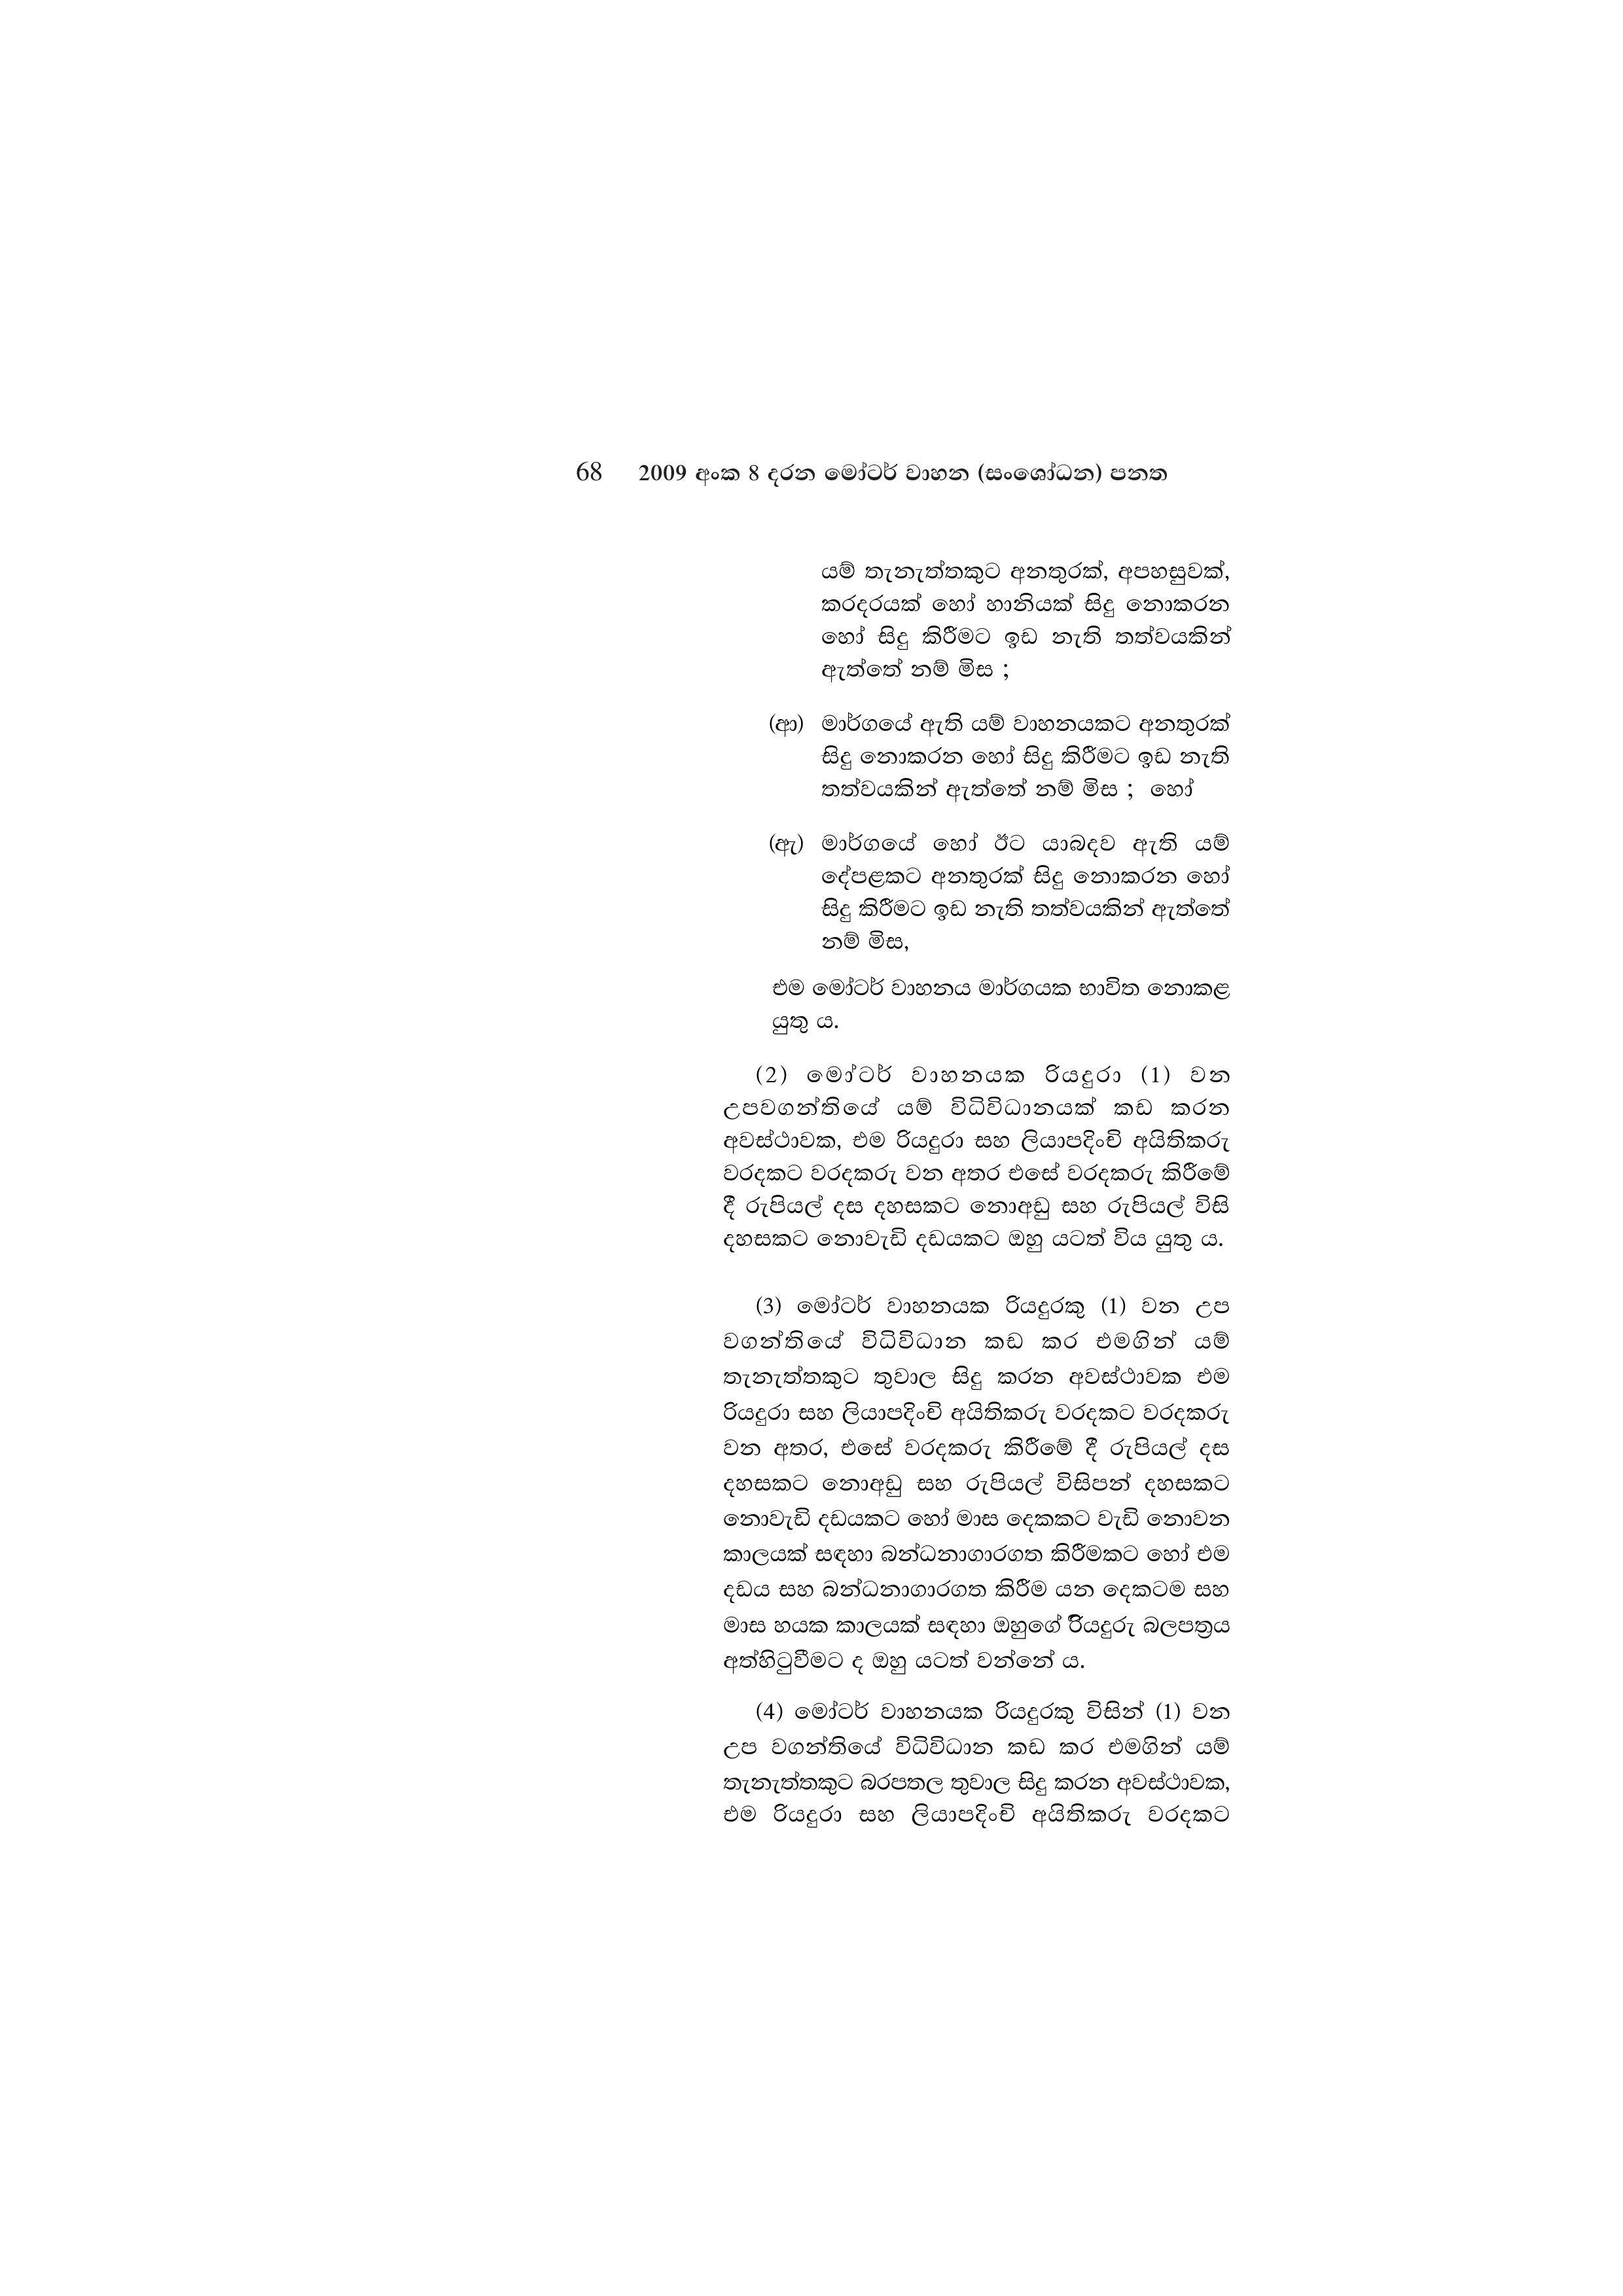
68 2009 අංක 8 දරන මෝටර් වාහන (සංශෝධන) පනත

යම් තැනැත්තකුට අනතුරක්, අපහසුවක්,
කරදරයක් හෝ හානියක් සිදු නොකරන
හෝ සිදු කිරීමට ඉඩ නැති තත්වයකින්
ඇත්තේ නම් මිස ;

(ආ) මාර්ගයේ ඇති යම් වාහනයකට අනතුරක්
සිදු නොකරන හෝ සිදු කිරීමට ඉඩ නැති
තත්වයකින් ඇත්තේ නම් මිස ; හෝ

(ඇ) මාර්ගයේ හෝ ඊට යාබදව ඇති යම්
දේපළකට අනතුරක් සිදු නොකරන හෝ
සිදු කිරීමට ඉඩ නැති තත්වයකින් ඇත්තේ
නම් මිස,

එම මෝටර් වාහනය මාර්ගයක භාවිත නොකළ
යුතු ය.

(2) මෝටර් වාහනයක රියදුරා (1) වන
උපවගන්තියේ යම් විධිවිධානයක් කඩ කරන
අවස්ථාවක, එම රියදුරා සහ ලියාපදිංචි අයිතිකරු
වරදකට වරදකරු වන අතර එසේ වරදකරු කිරීමේ
දී රුපියල් දස දහසකට නොඅඩු සහ රුපියල් විසි
දහසකට නොවැඩි දඩයකට ඔහු යටත් විය යුතු ය.

(3) මෝටර් වාහනයක රියදුරකු (1) වන උප
වගන්තියේ විධිවිධාන කඩ කර එමගින් යම්
තැනැත්තකුට තුවාල සිදු කරන අවස්ථාවක එම
රියදුරා සහ ලියාපදිංචි අයිතිකරු වරදකට වරදකරු
වන අතර, එසේ වරදකරු කිරීමේ දී රුපියල් දස
දහසකට නොඅඩු සහ රුපියල් විසිපන් දහසකට
නොවැඩි දඩයකට හෝ මාස දෙකකට වැඩි නොවන
කාලයක් සඳහා බන්ධනාගාරගත කිරීමකට හෝ එම
දඩය සහ බන්ධනාගාරගත කිරීම යන දෙකටම සහ
මාස හයක කාලයක් සඳහා ඔහුගේ රියදුරු බලපත්‍රය
අත්හිටුවීමට ද ඔහු යටත් වන්නේ ය.

(4) මෝටර් වාහනයක රියදුරකු විසින් (1) වන
උප වගන්තියේ විධිවිධාන කඩ කර එමගින් යම්
තැනැත්තකුට බරපතල තුවාල සිදු කරන අවස්ථාවක,
එම රියදුරා සහ ලියාපදිංචි අයිතිකරු වරදකට